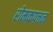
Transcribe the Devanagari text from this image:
रोमकपत्तन